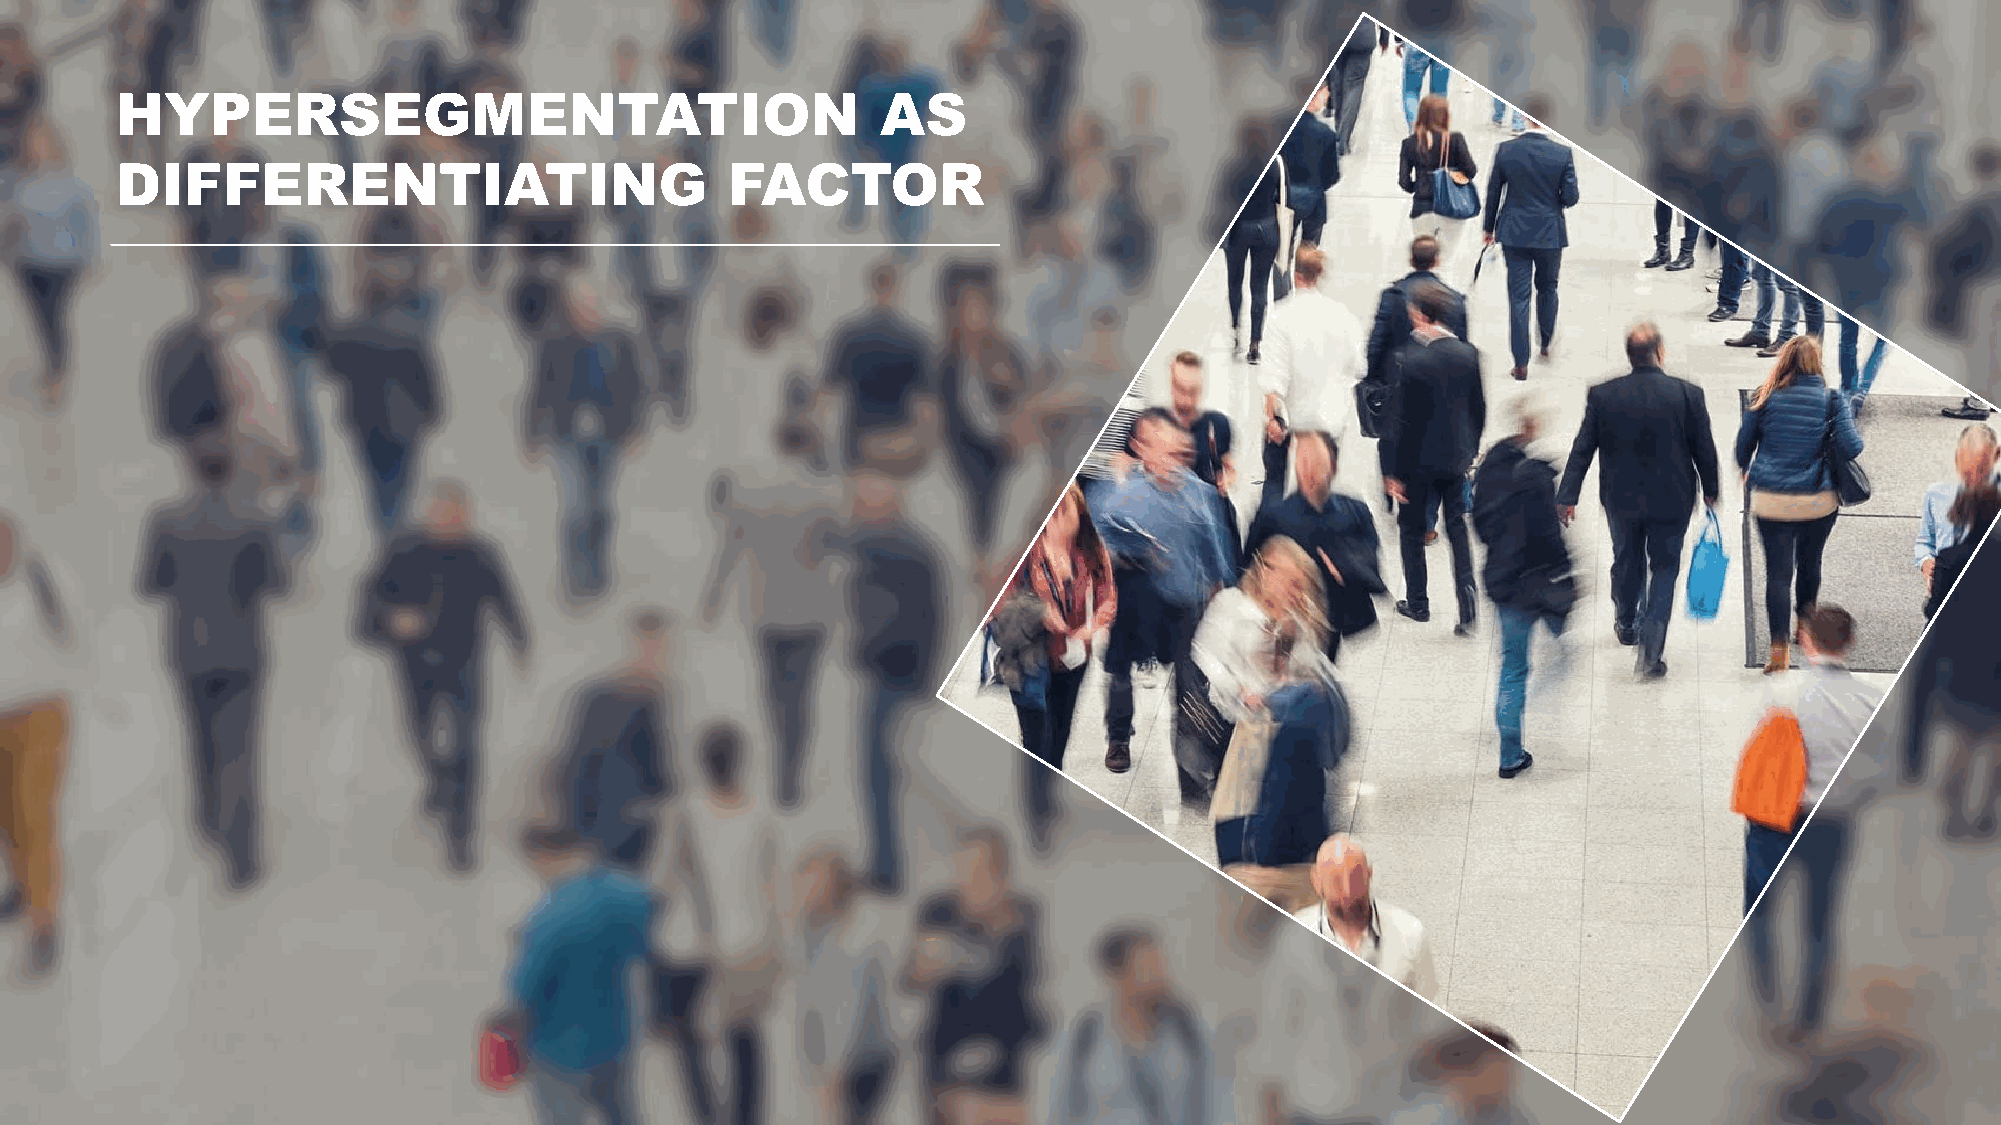
HYPERSEGMENTATION                                 AS
 DIFFERENTIATING                         FACTOR